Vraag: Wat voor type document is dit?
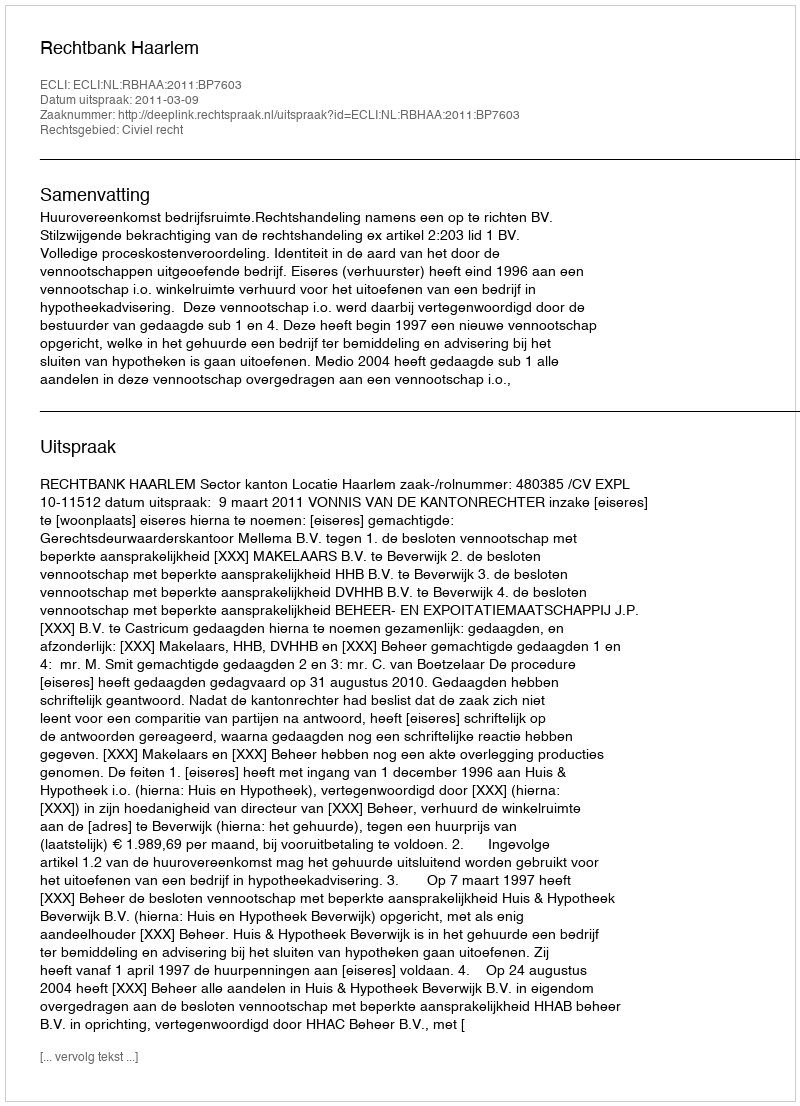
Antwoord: Uitspraak